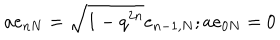
a e _ { n N } = \sqrt { 1 - q ^ { 2 n } } e _ { n - 1 , N } ; a e _ { 0 N } = 0